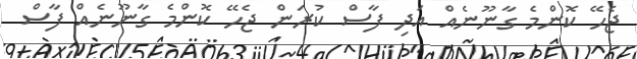
ޖެހޭ ކޮންމެ ގާނޫނެއް އަދި ފާސް ކުރަން ޖެހޭ ކޮންމެ ގާނޫނެއް ފާސް